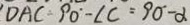
D A C = 9 0 ^ { \circ } - \angle C = 9 0 ^ { \circ } - \alpha